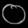
Digit: ၀